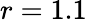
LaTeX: r=1.1